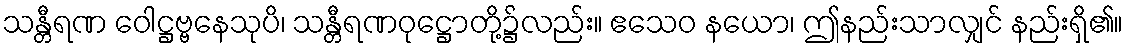
သန္တီရဏ ဝေါဋ္ဌဗ္ဗနေသုပိ၊ သန္တီရဏဝုဋ္ဌောတို့၌လည်း။ ဧသေဝ နယော၊ ဤနည်းသာလျှင် နည်းရှိ၏။